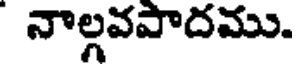
నాల్గవపాదము.